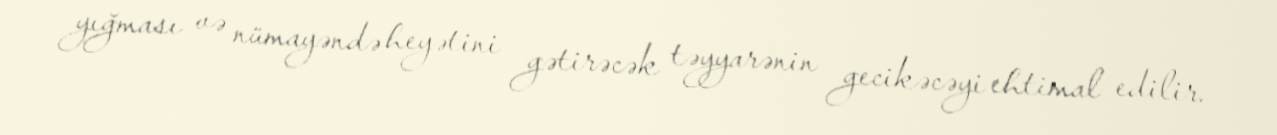
yığması və nümayəndə heyətini gətirəcək təyyarənin gecikəcəyi ehtimal edilir.